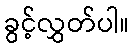
ခွင့်လွှတ်ပါ။